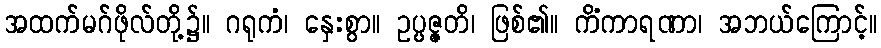
အထက်မဂ်ဖိုလ်တို့၌။ ဂရုကံ၊ နှေးစွာ။ ဥပ္ပဇ္ဇတိ၊ ဖြစ်၏။ ကိံကာရဏာ၊ အဘယ်ကြောင့်။